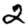
Digit: 2